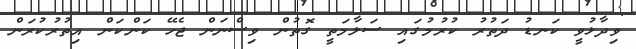
ވިދާޅުވީ ކަނޑު ދަތުރު ކުރުމުގައި ސަލާމަތީ ގޮތުން ވިސްނަން ޖެހޭ ކަންކަން އިތުރުކުރަން